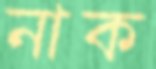
নাক